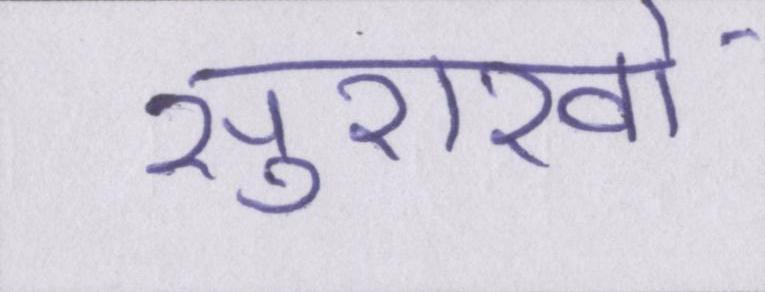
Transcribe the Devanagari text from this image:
सुराखों